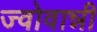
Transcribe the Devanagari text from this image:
ज्वोवान्नी